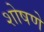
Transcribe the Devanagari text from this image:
शोषणे